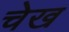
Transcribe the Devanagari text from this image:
चेख